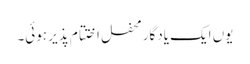
یوں ایک یادگار محفل اختتام پذیر ہوئی۔